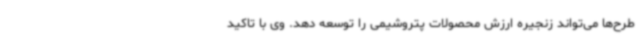
طرح‌ها می‌تواند زنجیره ارزش محصولات پتروشیمی را توسعه دهد. وی با تاکید